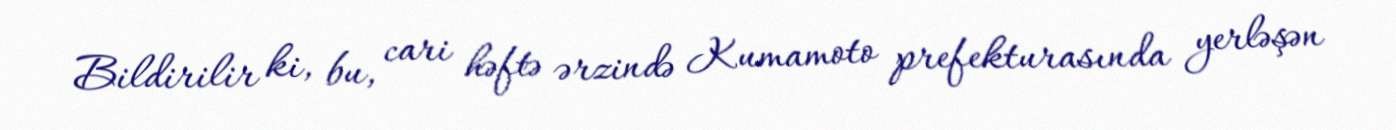
Bildirilir ki, bu, cari həftə ərzində Kumamoto prefekturasında yerləşən